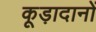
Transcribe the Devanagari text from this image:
कूड़ादानों